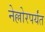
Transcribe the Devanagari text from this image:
नेल्लोरपर्यंत